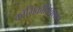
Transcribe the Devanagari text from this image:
काॅमिकॉमिक्सकई